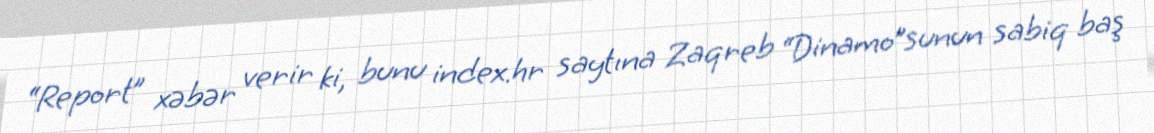
“Report” xəbər verir ki, bunu index.hr saytına Zaqreb “Dinamo”sunun sabiq baş